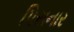
પિસનાર